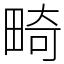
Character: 畸